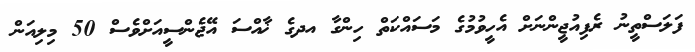
ފަލަސްތީނު ރެފިއުޖީންނަށް އެހީވުމުގެ މަސައްކަތް ހިންގާ އދގެ ޚާއްސަ އޭޖެންސީއަށްވެސް 50 މިލިއަން